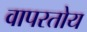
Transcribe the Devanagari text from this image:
वापरतोय